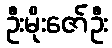
ဦးမိုးဇော်ဦး